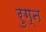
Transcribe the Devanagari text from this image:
रुग्न